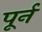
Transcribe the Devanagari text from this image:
पूर्न